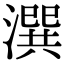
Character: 潠